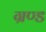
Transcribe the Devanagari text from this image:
ग्रण्ड